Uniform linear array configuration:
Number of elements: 16
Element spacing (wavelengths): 0.5
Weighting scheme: hann
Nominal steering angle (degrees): -60
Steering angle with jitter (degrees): -60.486
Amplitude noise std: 0.05
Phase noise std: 0.05

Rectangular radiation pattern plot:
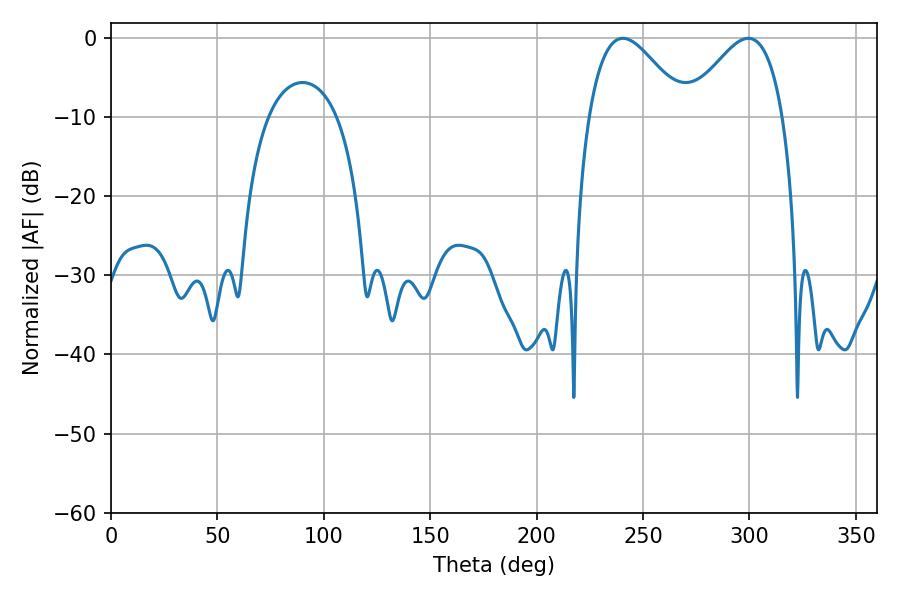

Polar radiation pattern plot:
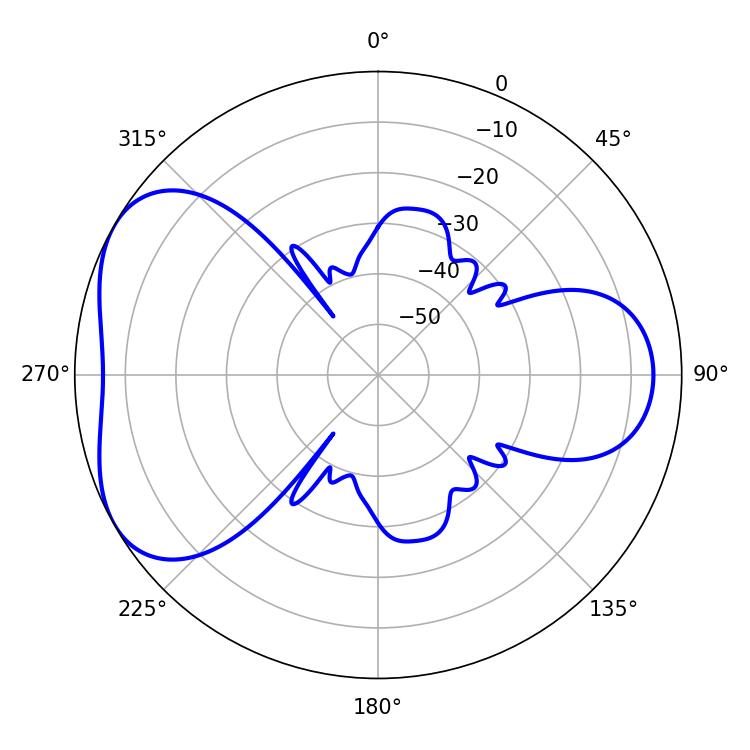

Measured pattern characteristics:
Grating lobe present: FALSE
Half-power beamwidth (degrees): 24.48
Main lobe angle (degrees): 240.48